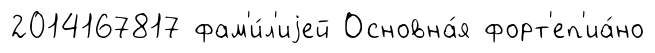
2014167817 фам'и́л'иjей Основна́я форт'еп'иа́но